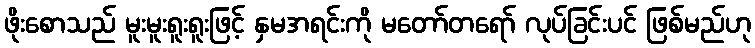
ဖိုးစောသည် မူးမူးရူးရူးဖြင့် နှမအရင်းကို မတော်တရော် လုပ်ခြင်းပင် ဖြစ်မည်ဟု